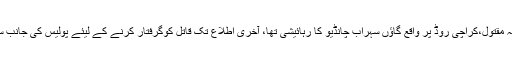
سول اسپتال بدین میں پوسٹ مارٹم کے بعد لاش کو ورثاء کے حولے کردیا گیاجبکہ مقتول،کراچی روڈ پر واقع گاؤں سہراب چانڈیو کا رہائیشی تھا، آخری اطلاع تک قاتل کوگرفتار کرنے کے لیئے پولیس کی جانب سے چھاپے مارے جاررہے تھے جبکہ کوئی بھی گرفتاری عمل میں نا آسکی تھی۔